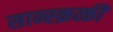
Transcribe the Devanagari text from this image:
सान्स्क्रत्की